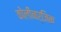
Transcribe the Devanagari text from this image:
कोलीनर्जिक